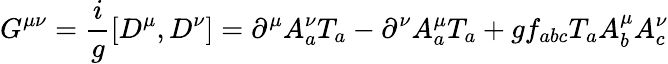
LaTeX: G^{\mu\nu}={\frac{i}{g}}[D^{\mu},D^{\nu}]=\partial^{\mu}A_{a}^{\nu}T_{a}-\partial^{\nu}A_{a}^{\mu}T_{a}+gf_{abc}T_{a}A_{b}^{\mu}A_{c}^{\nu}